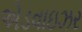
એડવાઇઝર